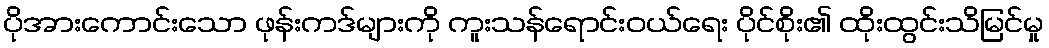
ပိုအားကောင်းသော ဖုန်းကဒ်များကို ကူးသန်ရောင်းဝယ်ရေး ပိုင်စိုး၏ ထိုးထွင်းသိမြင်မှု